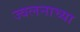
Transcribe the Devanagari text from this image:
ज्वलनाच्या